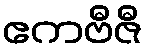
ဧကဗီဇီ